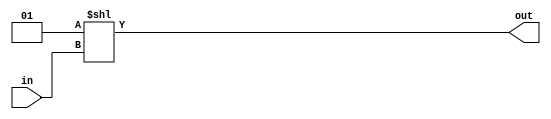
// 2 -> 4 decoder
module dec_2_4 (
    input [1:0] in,
    output [3:0] out
);
    assign out = 1 <<  in;    
endmodule

// 6 -> 64 decoder using 2 -> 4 predecoders
module dec_6_64 (
    input [5:0] in,
    output [63:0] out
);

    wire [3:0] i, j, k;

    dec_2_4 dec_24_1(in[5:4], i);
    dec_2_4 dec_24_2(in[3:2], j);
    dec_2_4 dec_24_3(in[1:0], k);

    assign out[63:60] = {4{i[3]}} & {4{j[3]}} & k;
    assign out[59:56] = {4{i[3]}} & {4{j[2]}} & k;
    assign out[55:52] = {4{i[3]}} & {4{j[1]}} & k;
    assign out[51:48] = {4{i[3]}} & {4{j[0]}} & k;
    assign out[47:44] = {4{i[2]}} & {4{j[3]}} & k;
    assign out[43:40] = {4{i[2]}} & {4{j[2]}} & k;
    assign out[39:36] = {4{i[2]}} & {4{j[1]}} & k;
    assign out[35:32] = {4{i[2]}} & {4{j[0]}} & k;
    assign out[31:28] = {4{i[1]}} & {4{j[3]}} & k;
    assign out[27:24] = {4{i[1]}} & {4{j[2]}} & k;
    assign out[23:20] = {4{i[1]}} & {4{j[1]}} & k;
    assign out[19:16] = {4{i[1]}} & {4{j[0]}} & k;
    assign out[15:12] = {4{i[0]}} & {4{j[3]}} & k;
    assign out[11:8]  = {4{i[0]}} & {4{j[2]}} & k;
    assign out[7:4]   = {4{i[0]}} & {4{j[1]}} & k;
    assign out[3:0]   = {4{i[0]}} & {4{j[0]}} & k;

endmodule

module dec_6_64_1_tb (output [63:0] out);
    reg [5:0] in = 0;

    dec_6_64 dec_664_1(in, out);

    initial begin
        repeat(64) begin
            #100
            $display("in: ", in, " out: ", out);
            in = in + 1;
        end
    end
endmodule